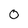
Character: 0